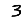
Digit: 3